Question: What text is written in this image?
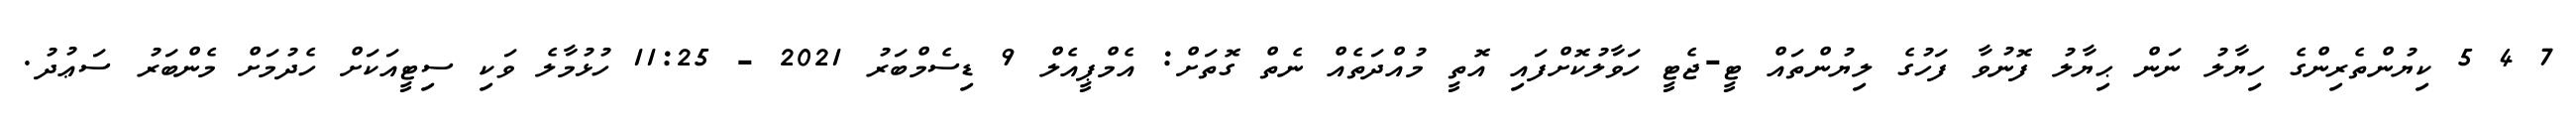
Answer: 7 4 5 ކިޔުންތެރިންގެ ހިޔާލު ނަން ޙިޔާލު ފޮނުވާ ފަހުގެ ލިޔުންތައް ޓީ-ޖެޓީ ހަވާލުކޮށްފައި އޮތީ މުއްދަތެއް ނެތް ގޮތަށް: އެމްޕީއެލް 9 ޑިސެމްބަރު 2021 - 11:25 ހުޅުމާލެ ވަކި ސިޓީއަކަށް ހެދުމަށް މެންބަރު ސަޢުދު.